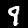
Label: 9